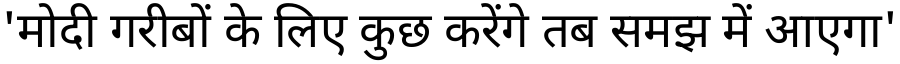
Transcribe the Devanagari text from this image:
'मोदी गरीबों के लिए कुछ करेंगे तब समझ में आएगा'